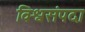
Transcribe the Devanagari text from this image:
विश्वसंपदा